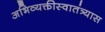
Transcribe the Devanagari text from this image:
अभिव्यक्तीस्वातंत्र्यास